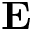
\mathbf { E }